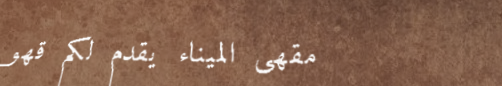
مقهى الميناء يقدم لكم قهو